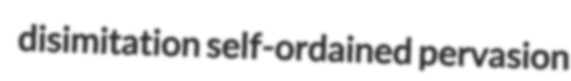
disimitation self-ordained pervasion